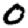
Digit: 0